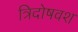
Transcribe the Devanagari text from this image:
त्रिदोषवश